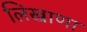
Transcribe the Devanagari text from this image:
लिखाणा